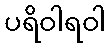
ပရိဝါရဝါ